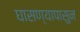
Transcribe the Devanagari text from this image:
घासण्यापासुन